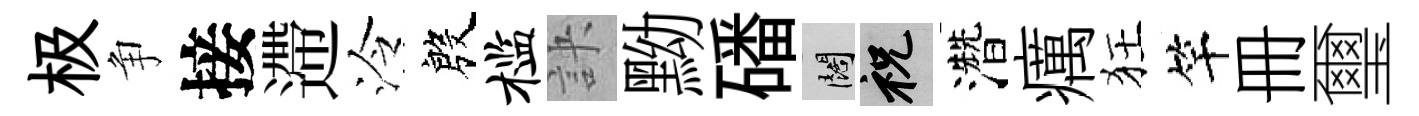
极争接遰泠殷槛訣黝磻闊祝濳癘狂竿册璽